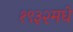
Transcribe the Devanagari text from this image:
१९३२मधे